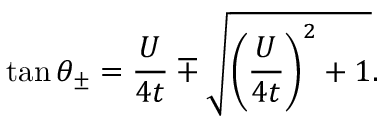
\tan \theta _ { \pm } = \frac { U } { 4 t } \mp \sqrt { \left( \frac { U } { 4 t } \right) ^ { 2 } + 1 } .